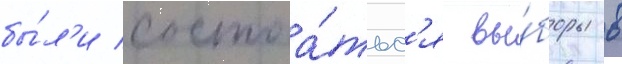
бы́л'и состоа́тьс'я вы́боры в